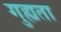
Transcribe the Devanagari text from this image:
गुह्यता